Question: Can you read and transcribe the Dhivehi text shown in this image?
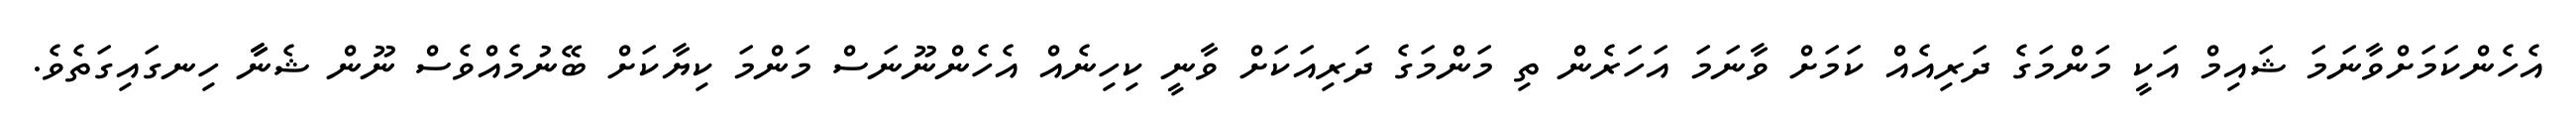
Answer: އެހެންކަމަށްވާނަމަ ޝައިމް އަކީ މަންމަގެ ދަރިއެއް ކަމަށް ވާނަމަ އަހަރެން ތި މަންމަގެ ދަރިއަކަށް ވާނީ ކިހިނެއް އެހެންނޫނަސް މަންމަ ކިޔާކަށް ބޭނުމެއްވެސް ނޫން ޝެނާާ ހިނގައިގަތެވެ.